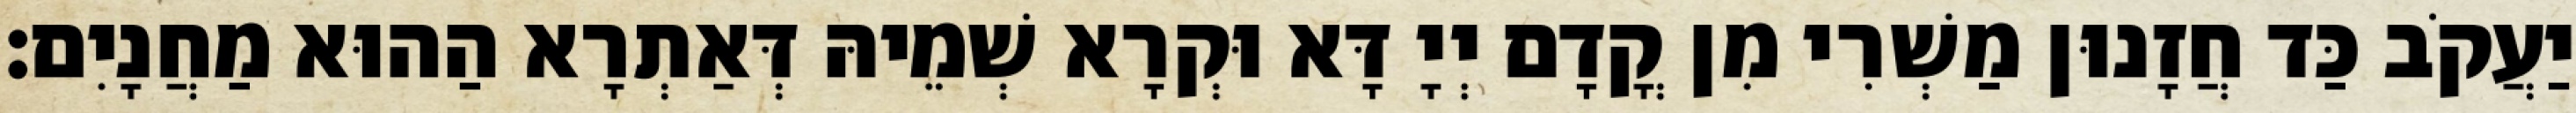
יַעֲקֹב כַּד חֲזָנוּן מַשְׁרִי מִן קֳדָם יְיָ דָּא וּקְרָא שְׁמֵיהּ דְּאַתְרָא הַהוּא מַחֲנָיִם׃